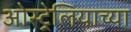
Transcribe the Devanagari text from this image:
ओस्ट्रेलियाच्या